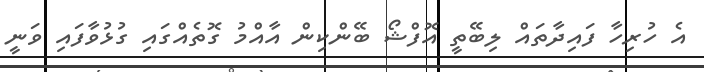
އެ ހުރިހާ ފައިދާތައް ލިބޭތީ އޮފްޝޯ ބޭންކިން އާއްމު ގޮތެއްގައި ގުޅުވާފައި ވަނީ